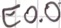
Text: E0.0